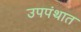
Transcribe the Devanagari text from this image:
उपपंथात